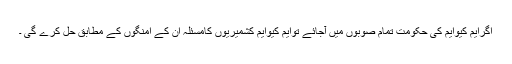
اگرایم کیوایم کی حکومت تمام صوبوں میں آجائے توایم کیوایم کشمیریوں کامسئلہ ان کے امنگوں کے مطابق حل کرے گی ۔